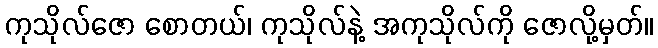
ကုသိုလ်ဇော စောတယ်၊ ကုသိုလ်နဲ့ အကုသိုလ်ကို ဇောလို့မှတ်။